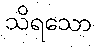
သိရသော